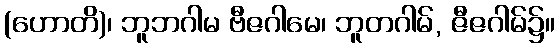
(ဟောတိ)၊ ဘူဘဂါမ ဗီဇဂါမေ၊ ဘူတဂါမ်, ဇီဇဂါမ်၌။